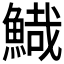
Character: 𩹯